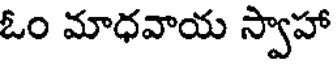
ఓం మాధవాయ స్వాహా